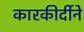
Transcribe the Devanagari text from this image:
कारकीर्दीने